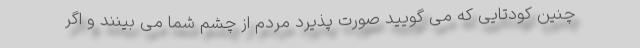
چنین کودتایی که می گویید صورت پذیرد مردم از چشم شما می بینند و اگر